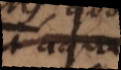
et aqua